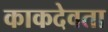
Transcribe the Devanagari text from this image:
काकदेवता